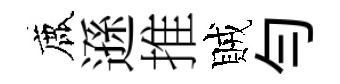
鹿遜推賊勻